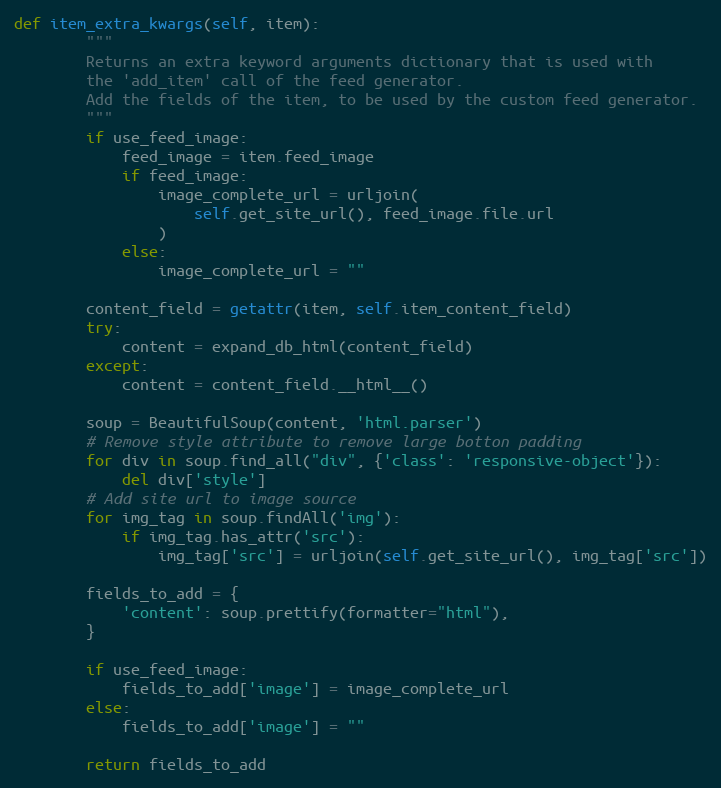
Language: Python
def item_extra_kwargs(self, item):
        """
        Returns an extra keyword arguments dictionary that is used with
        the 'add_item' call of the feed generator.
        Add the fields of the item, to be used by the custom feed generator.
        """
        if use_feed_image:
            feed_image = item.feed_image
            if feed_image:
                image_complete_url = urljoin(
                    self.get_site_url(), feed_image.file.url
                )
            else:
                image_complete_url = ""

        content_field = getattr(item, self.item_content_field)
        try:
            content = expand_db_html(content_field)
        except:
            content = content_field.__html__()

        soup = BeautifulSoup(content, 'html.parser')
        # Remove style attribute to remove large botton padding
        for div in soup.find_all("div", {'class': 'responsive-object'}):
            del div['style']
        # Add site url to image source
        for img_tag in soup.findAll('img'):
            if img_tag.has_attr('src'):
                img_tag['src'] = urljoin(self.get_site_url(), img_tag['src'])

        fields_to_add = {
            'content': soup.prettify(formatter="html"),
        }

        if use_feed_image:
            fields_to_add['image'] = image_complete_url
        else:
            fields_to_add['image'] = ""

        return fields_to_add